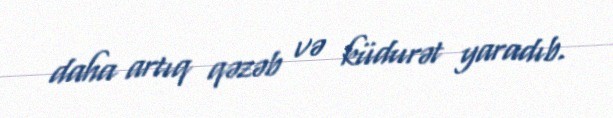
daha artıq qəzəb və küdurət yaradıb.